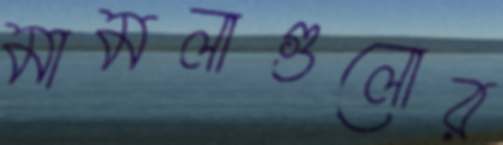
মামলাগুলোর